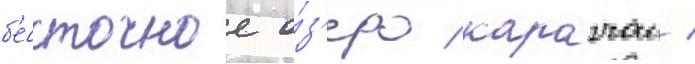
б'ессточное о́з'еро карачаи /